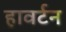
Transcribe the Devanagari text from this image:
हावर्टन